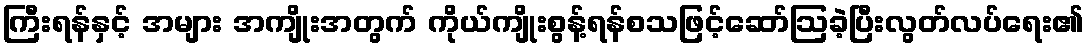
ကြီးရန်နှင့် အများ အကျိုးအတွက် ကိုယ်ကျိုးစွန့်ရန်စသဖြင့်ဆော်ဩခဲ့ပြီးလွတ်လပ်ရေး၏